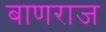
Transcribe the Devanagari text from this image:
बाणराज